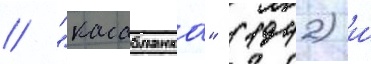
/ "касабланка" (1942) и́